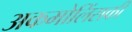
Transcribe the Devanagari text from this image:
अकमोलिंसकी